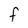
Character: f